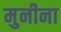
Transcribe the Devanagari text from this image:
मुनीना